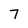
Character: 7